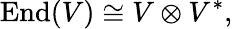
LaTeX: \operatorname{End}(V)\cong V\otimes V^{*},